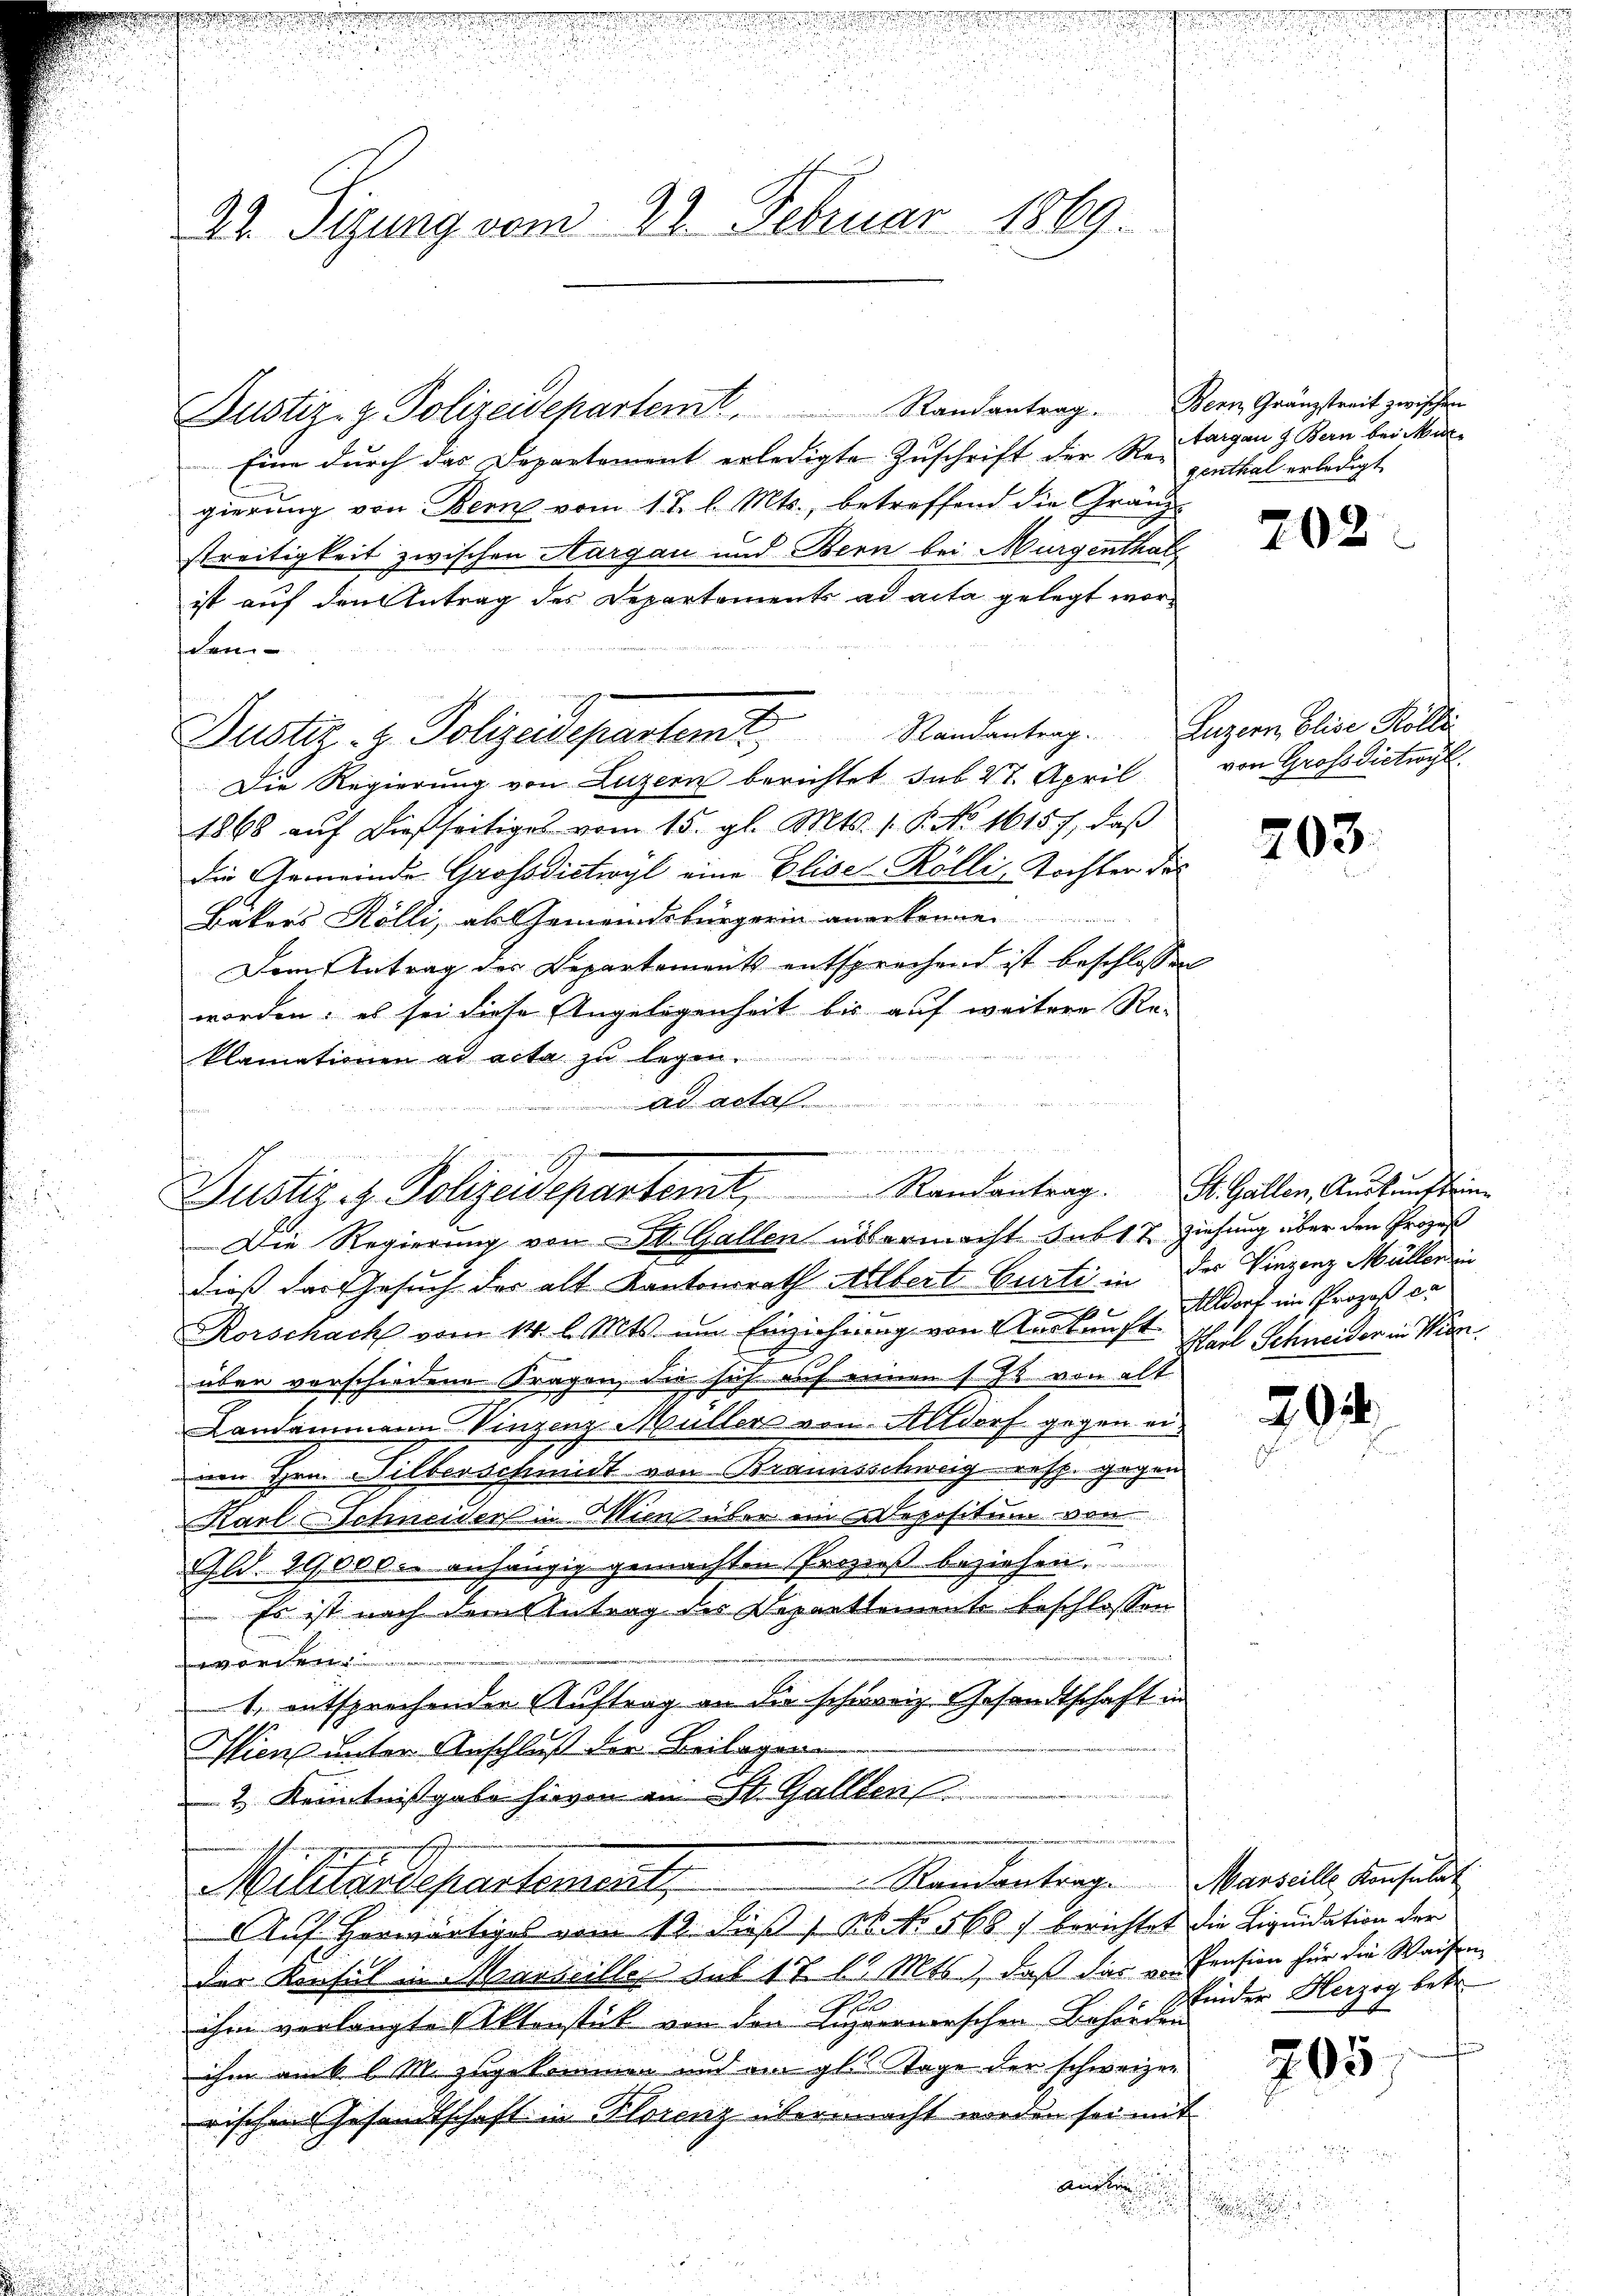
22. Sigung vom 22. Februar 1869.

Eine durch das Departement erledigte Zuschrift der Re-
gierung von Bern vom 17. l. Mts., betreffend die Gränz-
streitigkeit zwischen Aargau und Bern bei Mürgenthal
ist auf den Antrag des Departements ad acta gelegt worden
Dustiz- & Polizeidepartem Mandantrag.
Die Regierung von Luzern berichtet sub 27. April
1868 aŭf dießseitiges vom 15. gl. Mts. 1. P. No. 16157, daß
die Gemeinde Grossdictwyl eine Elise-Rölli, Tochter des
Bakers Rölli, als Gemeindsbürgerin anerkennen.
Dem Antrag des Departements entsprechend ist beschlossen
worden; es sei diese Angelegenheit bis auf weitere Re-
klamationen ad acta zu legen.
ad acta

n
Justiz- & Polizeidepartemt, Randantrag.
Die Regierung von St. Gallen abermacht sub 17 ziehung über den Prozes

Justiz- & Polizeidepartemt. Randantrag. Bern Gränztreit zwischen

dieß das Gesuch der alt Kantonsrath Albert Gurti in der Vinzenz Müller in
|
Korschach vom 14. l. Mts. um Einziehung von Auskunft Eldorf im Prozeß ca
über vorschiedene Fragen, die sich auf einen s. Z. von alt
Landammann Vinzenz Müller von Altdorf gegen einen Hrn. Silberschmidt von Braunsschweig resp. gegen
Karl Schneiders in ins über in Depositum von
.
Gld. 29,000. anhängig gemachten Prozips beziehen.
 Es ist nach dem Antrag des Departtemente beschlossen

1. entsprechenden Auftrag an die schweiz. Gesandtschaft in
Wien unter Anschluß die Beilagen
2.) Kenntnißgabe hievon in St. Gallen
e
Randantrag. Manseille Konsulat
Militärdepartement,
Auf herwärtiges vom 19. dieß / M. No 568 / berichtet die Liquidation der
der Konsul in Marseilles sub 1 7 l. Mts., daß das von Pension für die Waisenihm verlangte Aktenstück von den Luzernerschen Behörden
ihm amb 6 M. zugekommen und ain gl. Tage der schweizer
rischen Gesandtschaft in Florenz übermacht worden sei mit
ancken

argau & Bern bei Mar
genthal erledigt.

Luzern, Elise Kolle
von Gross Dietwyl

.
.

202

203.

St. Gallen, Auskunft eine
Karl Schneider in Wien.

201

kinder Herzog betr.
¬

205